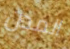
المدن